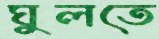
ঘুলতে